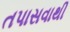
તપાસવાથી